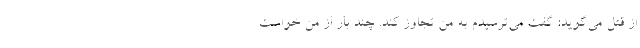
از قتل می‌گوید: گفت می‌ترسیدم به من تجاوز کند. چند بار از من خواست